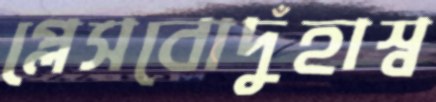
প্লেসবোদুঁহাস্ব